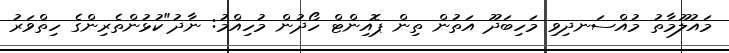
މައުލޫމާތު މުއްސަނދިވި މަހިބަދޫ އަތުން ތިން ޕޮއިންޓް ހޯދުން މުހިއްމު: ނާދު"ކުޅުންތެރިންގެ ހިތްވަރު